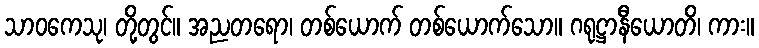
သာဝကေသု၊ တို့တွင်။ အညတရော၊ တစ်ယောက် တစ်ယောက်သော။ ဂရုဋ္ဌာနီယောတိ၊ ကား။